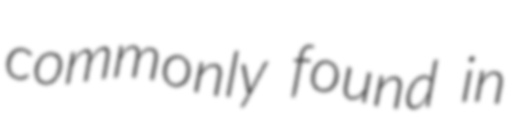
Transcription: commonly found in